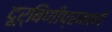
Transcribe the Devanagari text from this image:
दूर्बिणीप्रमाणे